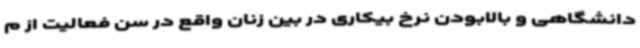
دانشگاهی و بالابودن نرخ بیکاری در بین زنان واقع در سن فعالیت از م